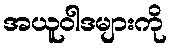
အယူဝါဒများကို